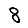
Digit: 8